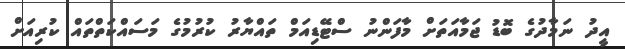
އީދު ނަމާދުގެ ބޮޑު ޖަމާއަތަށް މާފަންނު ސްޓޭޑިއަމް ތައްޔާރު ކުރުމުގެ މަސައްކަތްތައް ކުރިއަށް